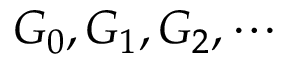
G _ { 0 } , G _ { 1 } , G _ { 2 } , \cdots